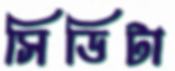
সিডিটা